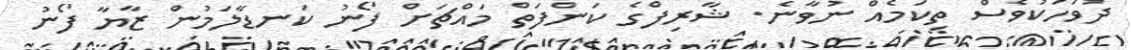
ދުވަހަކުވެސް ތިކަމެއް ނުވާނެ. ޝާރިފްގެ ކަންފަތް މައްޗަށް ފޯނު ކަނޑާލަމުން ޒާޔާ ފޯނު